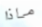
ماذا